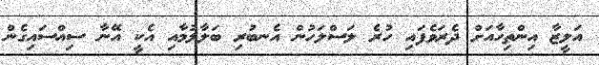
އަލީޒާ އިންތިހާއަށް ދެރަވެފައި ހުރެ ލަސްލަހުން އެނބުރި ބަލާލުމާއި އެކީ އޭނާ ސިއްސައިގެން